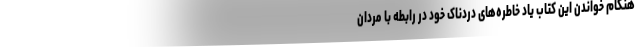
هنگام خواندن این کتاب یاد خاطره‌های دردناک خود در رابطه با مردان